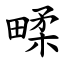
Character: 㽥